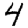
Digit: 4